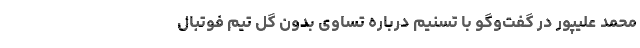
محمد علیپور در گفت‌و‌گو با تسنیم درباره تساوی بدون گل تیم فوتبال